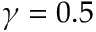
\gamma = 0 . 5